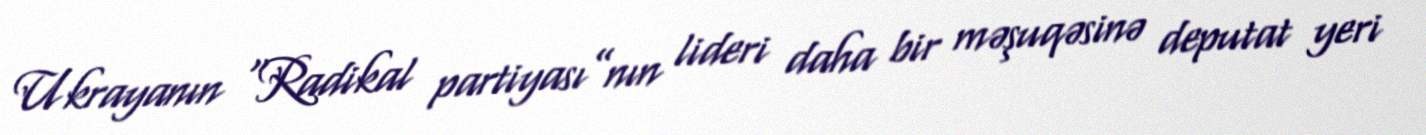
Ukrayanın “Radikal partiyası”nın lideri daha bir məşuqəsinə deputat yeri